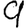
Digit: 9